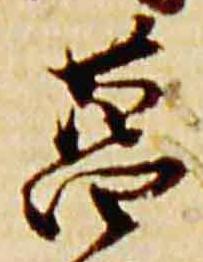
菖